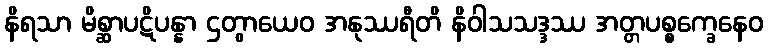
နိရသာ မိစ္ဆာပဋိပန္နာ ဌတွာယေဝ အနုဿရီတိ နိဝါသသဒ္ဒဿ အတ္တပစ္စက္ခေနေဝ